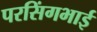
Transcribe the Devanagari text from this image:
परसिंगभाई